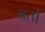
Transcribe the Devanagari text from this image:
बर्ता